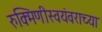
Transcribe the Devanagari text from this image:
रुक्मिणीस्वयंवराच्या